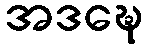
အဒဍ္ဎေ